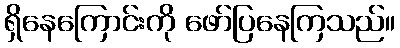
ရှိနေကြောင်းကို ဖော်ပြနေကြသည်။